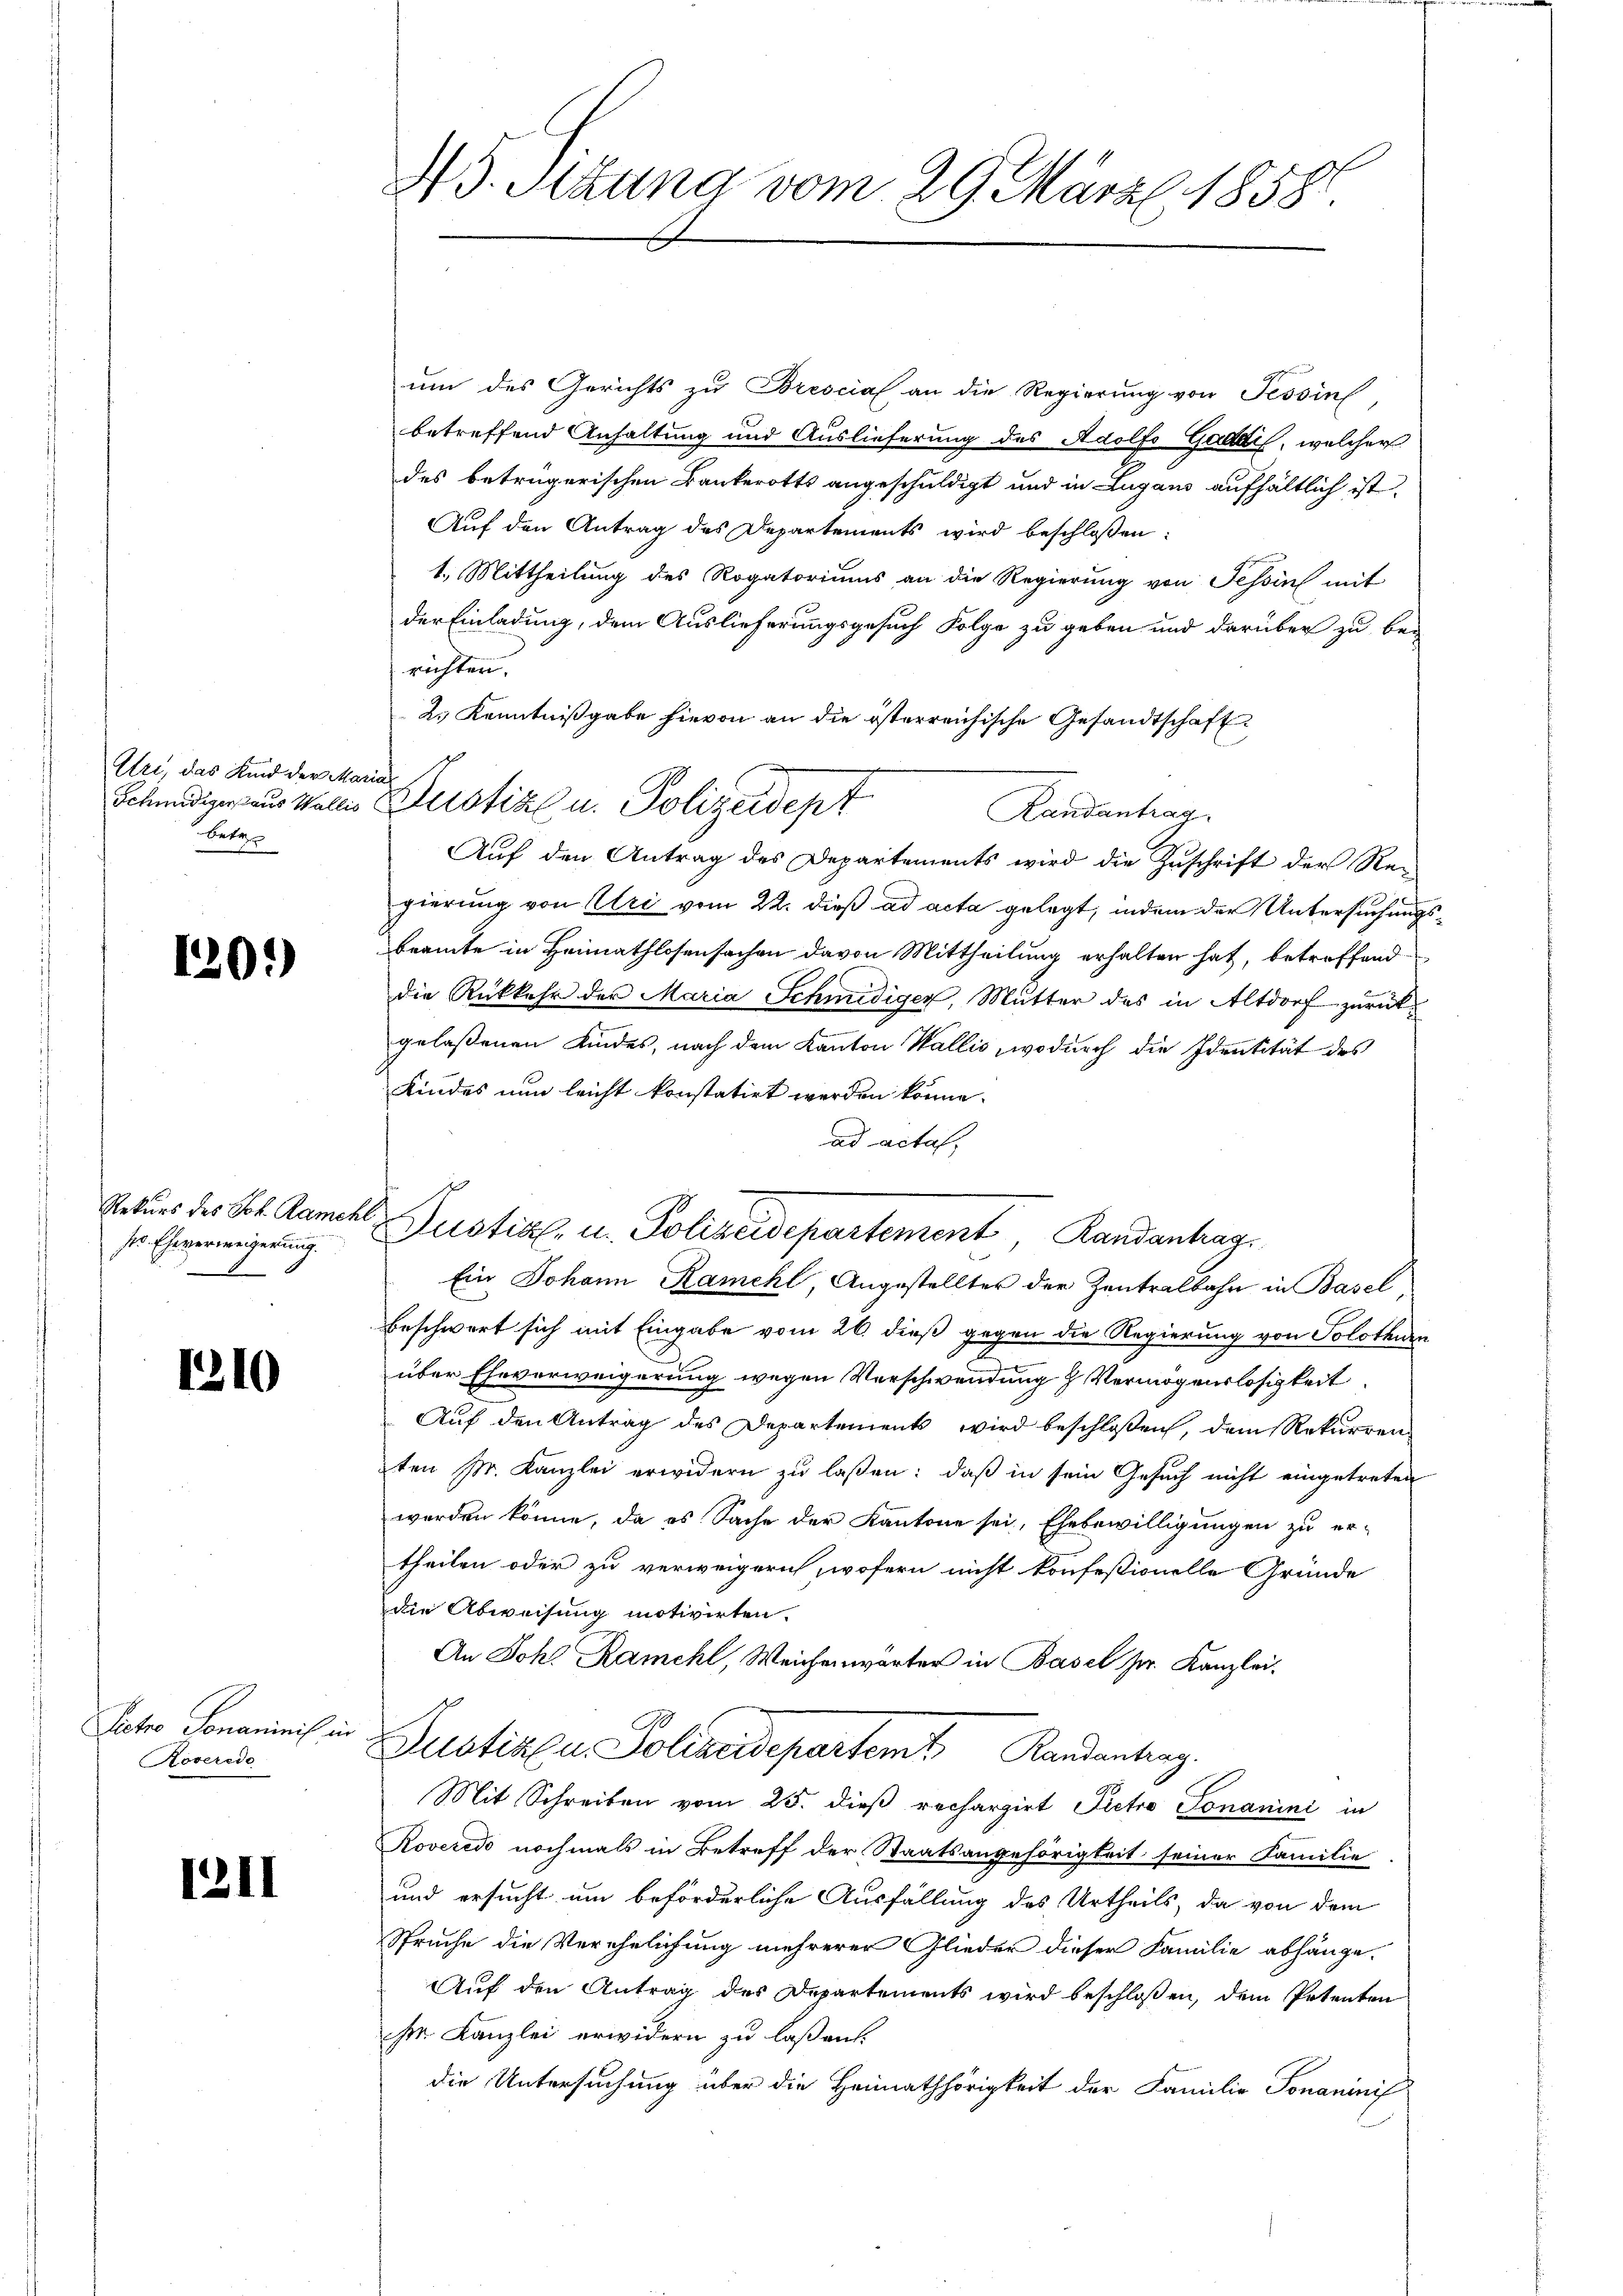
Uri, das Kind der Marial
beten

101)

Rekurs des Joh. Ramehl,
 Eheverweigerung.
1

1210

Pctro Ponaminis in
Roverede

1211

45. Sitzung vom 29. März 1858.

um des Gerichts zu Brescial an die Regierung von Tessin
betreffend Anhaltung und Auslieferung des Adolf Gardi, welcher
des betrügerischen Bankerotts angeschuldigt und in Lugano aufhältlich ist,
Auf den Antrag des Departements wird beschlossen:
1.) Mittheilung des Rogatoriums an die Regierung von Tessin mit
der Einladung, dem Auslieferungsgesuch Folge zu geben und darüber zu be-
richten.
2.) Kenntnißgabe hievon an die österreichische Gesandtschaft
Randanhar
Auf den Antrag des Departements wird die Zuschrift der Re-
gierung von Uri vom 22. dieß ad acta gelegt, indem der Untersuchung
beamte in Heimathlosensachen davon Mittheilung erhalten hat, betreffend
die Rükkehr der Maria Schmidiger, Mutter das in Altdorf zurückgelaßenen Kindes, nach dem Kanton Wallis, wodurch die Identität des
Kindes nun leicht konstatirt werden könne.
ad actal,
Justiz- u. Polizeidepartement Randanhag
Ein Johann Ramehl Angestellter der Zentralbahn in Basel
beschwert sich mit Eingabe vom 26. dieß gegen die Regierung von Solothurn
über Eheverweigerung wegen Verschwendung & Vermögenslosigkeit
Auf den Antrag des Departement wird beschloßen, dem Rekurren-
ten pr. Kanzlei erwidern zu laßen: daß in sein Gesuch nicht eingetreten
werden könne, da es Sache der Kantone sei, Ehebewilligungen zu er-
theilen oder zu verweigern, wofern nicht konfessionelle Gründe
die Abweisung motivirten.
An Joh. Ramehl, Weichenwärter in Basel ser. Kanzlei-
G
Justik u. Polizeidepartem Randantrag.
Mit Schreiben vom 25. dieβ rechargirt Pietro Ponanini in
Roveredo nochmals in Betreff der Staatsangehörigkeit seiner Familie
und ersucht um beförderliche Ausfällung des Urtheils, da von dem
Spruche die Verehelichung mehrerer Glieder dieser Familie abhänge.
Auf den Antrag des Departements wird beschlossen, dem Petenten
se Kanzlei erwidern zu laßen.
die Untersuchung über die Heimathörigkeit der Familie Tomaninis

.
Schnediger aus Wallis Zustiz u. Polizeidept